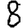
Digit: 8